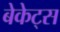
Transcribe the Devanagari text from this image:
बेकेट्स